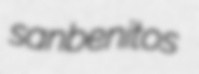
sanbenitos